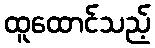
ထူထောင်သည့်